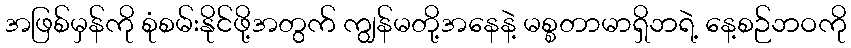
အဖြစ်မှန်ကို စုံစမ်းနိုင်ဖို့အတွက် ကျွန်မတို့အနေနဲ့ မစ္စတာမာရှိဘရဲ့ နေ့စဉ်ဘဝကို